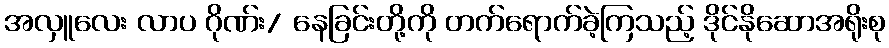
အလှူလေး လာပ ဂိုဏ်း/ နေခြင်းတို့ကို တက်ရောက်ခဲ့ကြသည့် ဒိုင်နိုဆောအရိုးစု